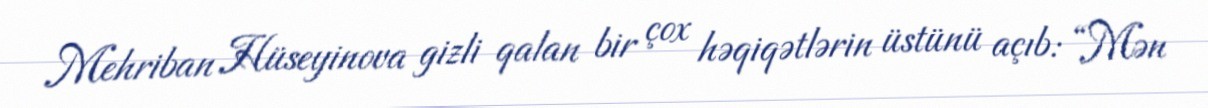
Mehriban Hüseyinova gizli qalan bir çox həqiqətlərin üstünü açıb: “Mən